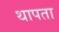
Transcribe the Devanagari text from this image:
थापता